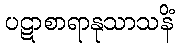
ပဋာစာရာနုသာသနိံ